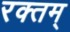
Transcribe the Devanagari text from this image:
रक्तम्